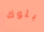
بلوك